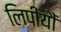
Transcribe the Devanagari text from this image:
लिपीयौं